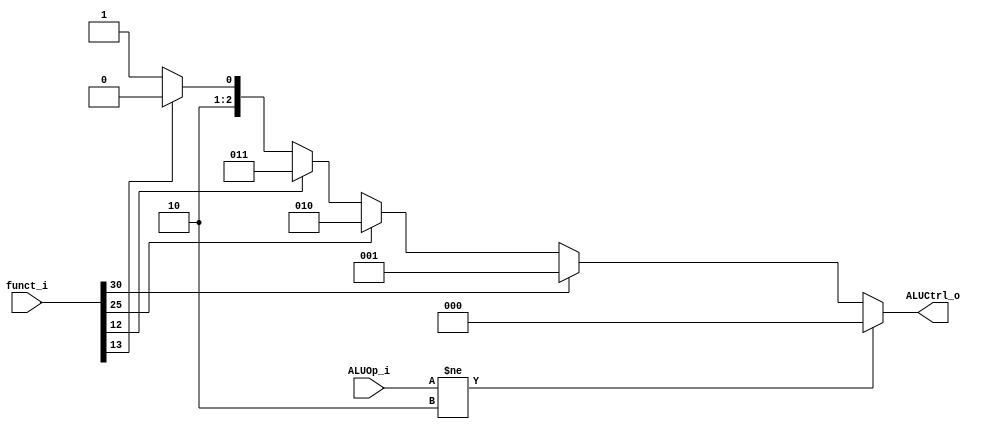
module ALU_Control
(
    funct_i,
    ALUOp_i,
    ALUCtrl_o  
);

// Ports
input [31:0] funct_i;
input [1:0] ALUOp_i;

output [2:0] ALUCtrl_o;

wire [4:0] cut;
assign cut = {funct_i[30], funct_i[25], funct_i[14:12]};

assign ALUCtrl_o = (ALUOp_i != 2'b10) ? 3'b000 :   // Addi
                   (cut[4] == 1)  ? 3'b001 :   // Sub
                   (cut[3] == 1)  ? 3'b010 :   // Mul
                   (cut[0] == 1)  ? 3'b011 :   // And
                   (cut[1] == 1)  ? 3'b100 :   // OR
                                    3'b101 ;   // ADD
    
endmodule